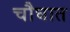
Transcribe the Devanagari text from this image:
चौघात